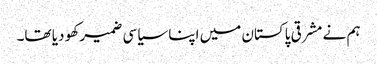
ہم نے مشرقی پاکستان میں اپنا سیاسی ضمیر کھو دیا تھا۔